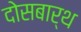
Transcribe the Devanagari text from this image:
दोसबार्थ